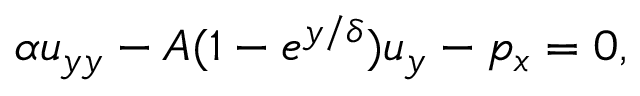
\alpha u _ { y y } - A ( 1 - e ^ { { y } / { \delta } } ) u _ { y } - p _ { x } = 0 ,